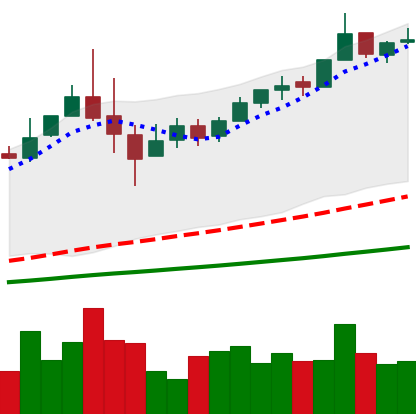
Ticker: BTC-USD
Chart end date: 2017-06-09
Forward return: -11.241%
Label: down_7plus